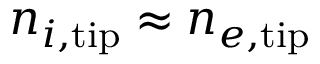
n _ { i , \mathrm { t i p } } \approx n _ { e , \mathrm { t i p } }